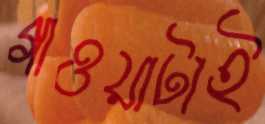
গাওয়াটাই